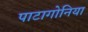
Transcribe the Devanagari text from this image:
पाटागोनिया